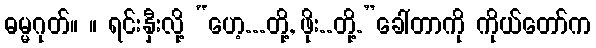
ဓမ္မဂုတ်။ ။ ရင်းနှီးလို့ “ဟေ့...တို့, ဖိုး..တို့.”ခေါ်တာကို ကိုယ်တော်က